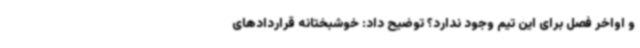
و اواخر فصل برای این تیم وجود ندارد؟ توضیح داد: خوشبختانه قراردادهای